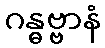
ဂန္ဓဗ္ဗာနံ